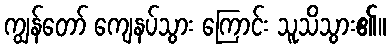
ကျွန်တော် ကျေနပ်သွား ကြောင်း သူသိသွား၏။